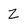
Character: Z